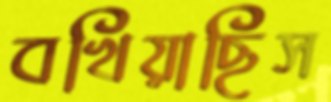
বখিয়াছিস